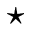
\star